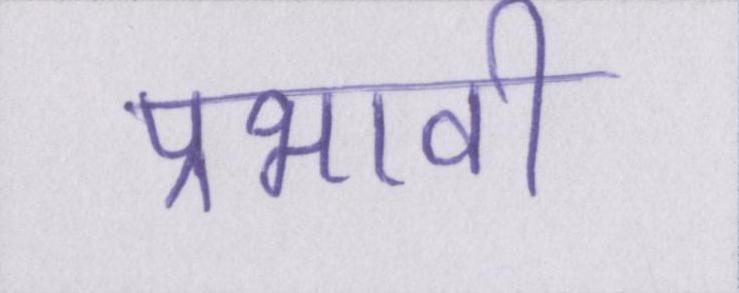
प्रभावी